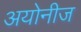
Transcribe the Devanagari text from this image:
अयोनीज